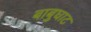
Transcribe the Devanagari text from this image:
बाबुघाट